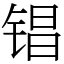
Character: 锠